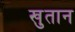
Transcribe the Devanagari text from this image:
खुतान